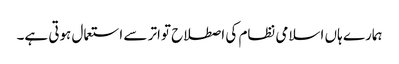
ہمارے ہاں اسلامی نظام کی اصطلاح تواتر سے استعمال ہوتی ہے۔